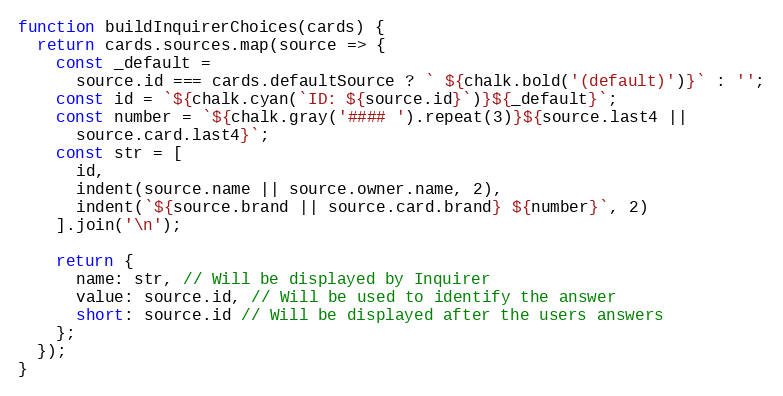
Language: JavaScript
function buildInquirerChoices(cards) {
  return cards.sources.map(source => {
    const _default =
      source.id === cards.defaultSource ? ` ${chalk.bold('(default)')}` : '';
    const id = `${chalk.cyan(`ID: ${source.id}`)}${_default}`;
    const number = `${chalk.gray('#### ').repeat(3)}${source.last4 ||
      source.card.last4}`;
    const str = [
      id,
      indent(source.name || source.owner.name, 2),
      indent(`${source.brand || source.card.brand} ${number}`, 2)
    ].join('\n');

    return {
      name: str, // Will be displayed by Inquirer
      value: source.id, // Will be used to identify the answer
      short: source.id // Will be displayed after the users answers
    };
  });
}